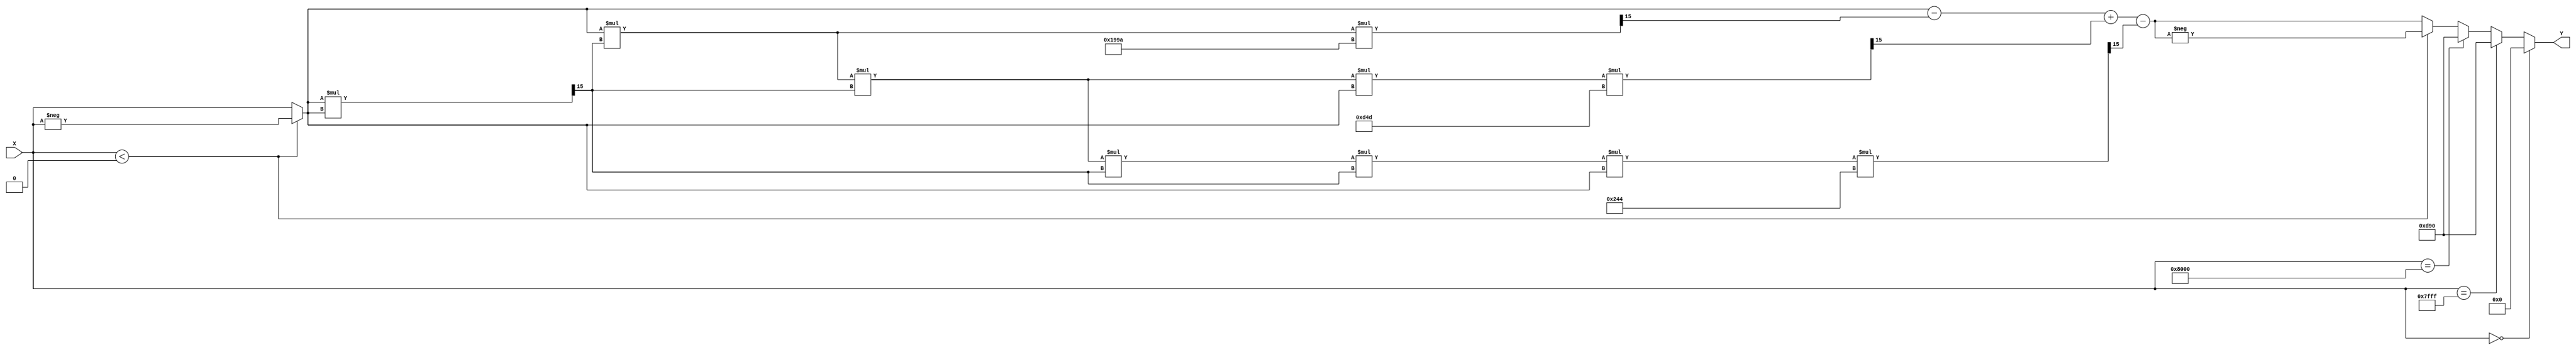
module atan_block (
    input signed [15:0] X,  // Input Data (X) in Q1.15 format
    output reg signed [15:0] Y  // Output Data (Y) in Q1.15 format
);

// Parameters for polynomial approximation
parameter signed [15:0] C1 = 16'h199A; // 1/3 in Q1.15 format
parameter signed [15:0] C2 = 16'h0D4D; // 1/5 in Q1.15 format
parameter signed [15:0] C3 = 16'h0244; // 1/7 in Q1.15 format

// Internal signals
reg signed [15:0] abs_X;
reg signed [15:0] x_squared;
reg signed [15:0] result;

// Function to calculate the absolute value
function signed [15:0] abs_value;
    input signed [15:0] val;
    begin
        abs_value = (val < 0) ? -val : val;
    end
endfunction

// Main computation
always @(*) begin
    // Handle special cases
    if (X == 16'h0000) begin
        Y = 16'h0000; // atan(0) = 0
    end else if (X == 16'h7FFF) begin
        Y = 16'h0D90; // atan(+) = /2
    end else if (X == 16'h8000) begin
        Y = 16'h0D90; // atan(-) = -/2
    end else begin
        // Normalize input
        abs_X = abs_value(X);

        // Calculate x squared
        x_squared = (abs_X * abs_X) >>> 15; // Q1.15 to Q1.15

        // Polynomial approximation: atan(x)  x - (x^3)/3 + (x^5)/5 - (x^7)/7
        result = abs_X - ((abs_X * x_squared * C1) >>> 15) + ((abs_X * x_squared * x_squared * abs_X * C2) >>> 15) - ((abs_X * x_squared * x_squared * x_squared * x_squared * abs_X * C3) >>> 15);

        // Adjust sign based on input
        if (X < 0) begin
            Y = -result; // If input is negative, invert the result
        end else begin
            Y = result; // If input is positive, keep the result
        end
    end
end

endmodule